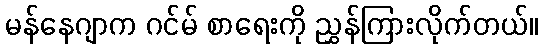
မန်နေဂျာက ဂင်မ် စာရေးကို ညွှန်ကြားလိုက်တယ်။